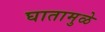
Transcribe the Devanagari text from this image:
घातामुळे